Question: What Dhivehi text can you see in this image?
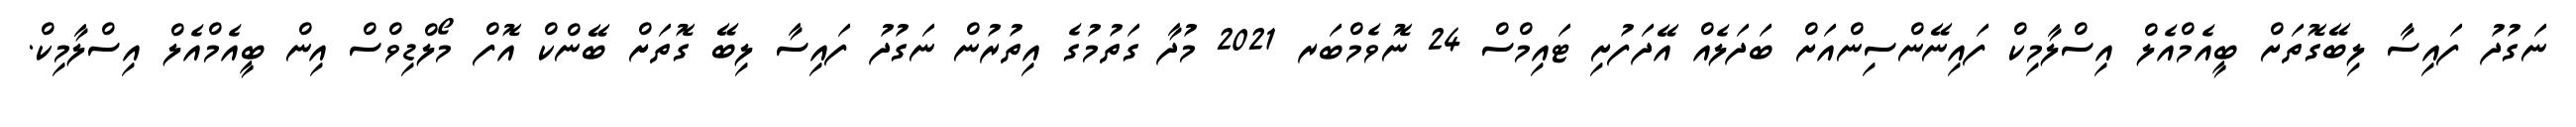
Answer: ނަގުދު ފައިސާ ލިބޭގޮތަށް ބީއެމްއެލް އިސްލާމިކް ފައިނޭންސިންއަށް ބަދަލެއް އޭދަފުށި ޓައިމްސް 24 ނޮވެމްބަރ 2021 މުދާ ގަތުމުގެ އިތުރުން ނަގުދު ފައިސާ ލިބޭ ގޮތަށް ބޭންކް އޮފް މޯލްޑިވްސް އިން ބީއެމްއެލް އިސްލާމިކް.